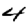
Digit: 4